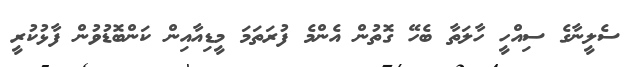
ސެލީނާގެ ސިއްހީ ހާލަތާ ބެހޭ ގޮތުން އެންމެ ފުރަތަމަ މީޑިއާއިން ކަންބޮޑުވުން ފާޅުކުރީ